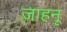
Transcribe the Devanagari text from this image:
जाहनू